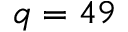
q = 4 9